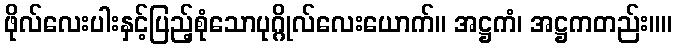
ဖိုလ်လေးပါးနှင့်ပြည့်စုံသောပုဂ္ဂိုလ်လေးယောက်။ အဋ္ဌကံ၊ အဋ္ဌကတည်း။။